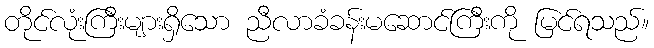
တိုင်လုံးကြီးများရှိသော ညီလာခံခန်းမဆောင်ကြီးကို မြင်ရသည်။